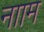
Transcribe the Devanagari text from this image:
नााम